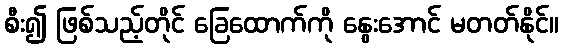
စီး၍ ဖြစ်သည့်တိုင် ခြေထောက်ကို နွေးအောင် မတတ်နိုင်။